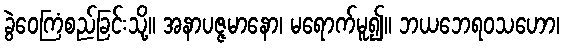
ခွဲဝေကြံစည်ခြင်းသို့။ အနာပဇ္ဇမာနော၊ မရောက်မူ၍။ ဘယဘေရဝသဟော၊